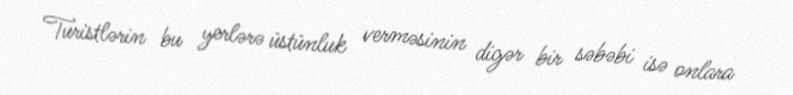
Turistlərin bu yerlərə üstünluk verməsinin digər bir səbəbi isə onlara